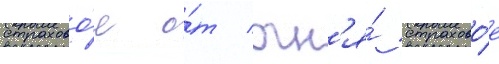
страхово́е о́т огн'я́ страхово́е